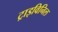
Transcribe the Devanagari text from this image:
ट्राइविनिल